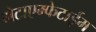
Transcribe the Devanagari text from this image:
मेटाएम्फेटाईम